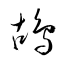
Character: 鴣